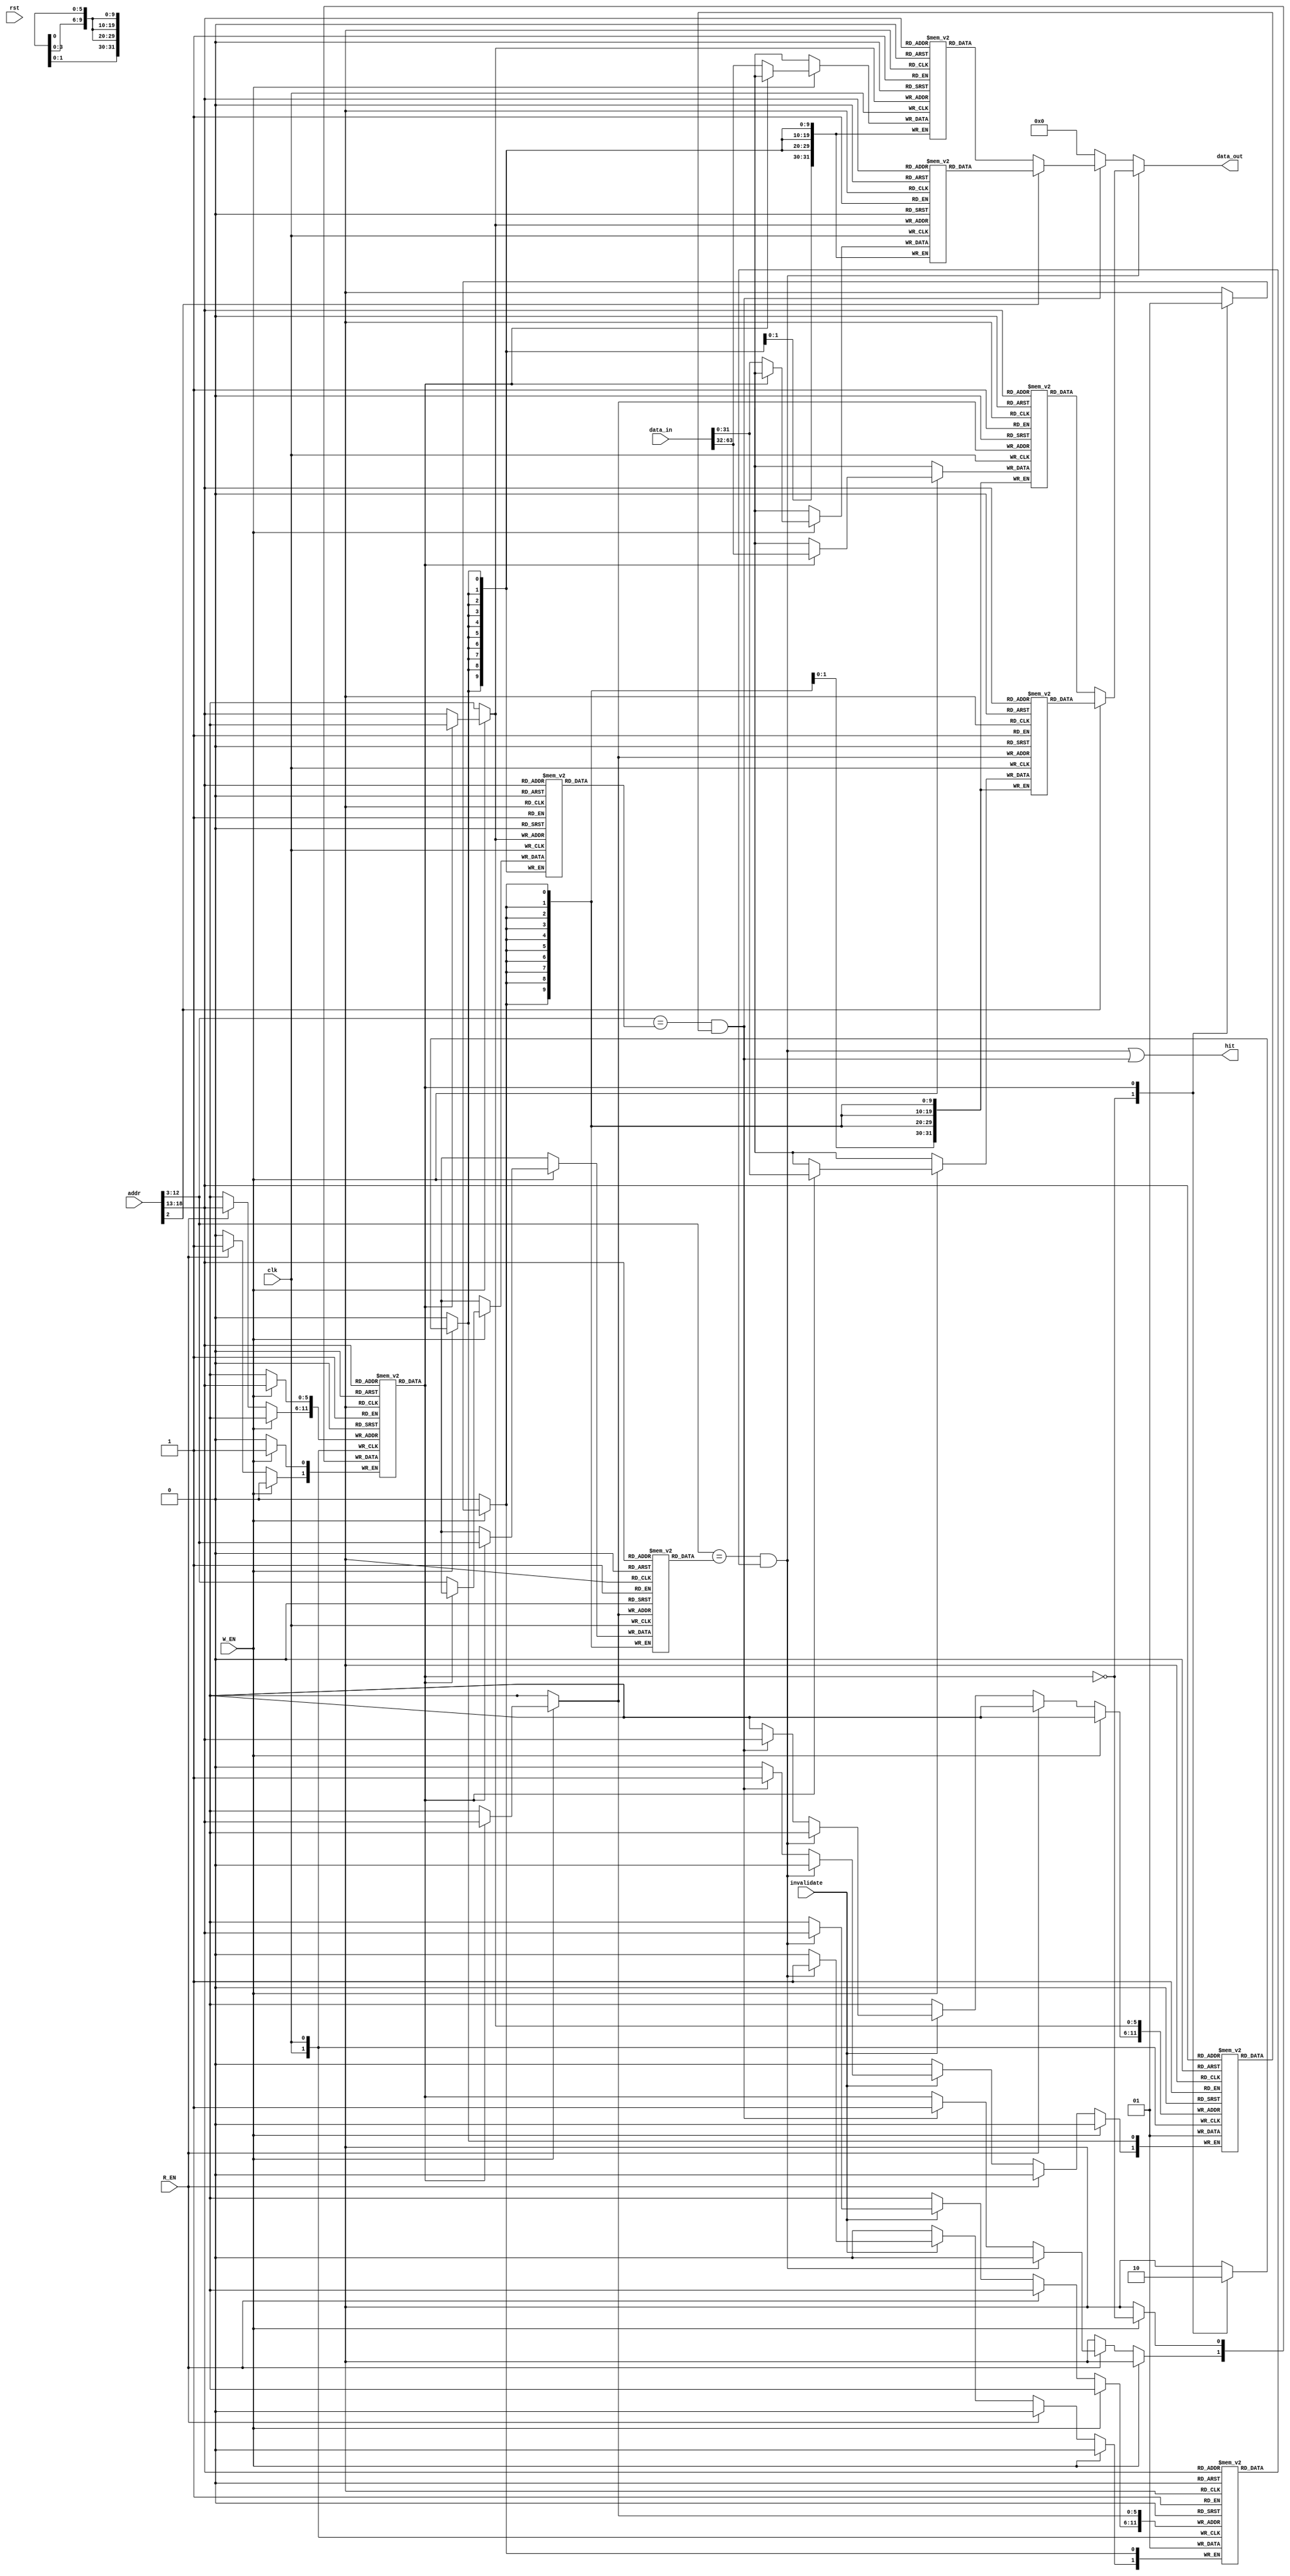
`timescale 1ns/1ns
module Cache(rst, clk, addr, R_EN, W_EN, data_in, invalidate, hit, data_out);
  input rst, clk;
  input[18:0] addr;
  input R_EN, W_EN, invalidate;
  input [63:0] data_in;
  output hit;
  output[31:0] data_out;
/////////////////////////////////////////////////
// decoding address
  wire[5:0] index;
  wire[9:0] tag;
  assign index = addr[18:13];
  assign tag = addr[12:3];  
/////////////////////////////////////////////////
// way1 blocks
  reg[31:0] way_0_data_0[0:63];
  reg[31:0] way_0_data_1[0:63];
  reg[9:0] tag_way_0[0:63];
  reg valid_way_0[0:63];  
// way2 blocks
  reg[31:0] way_1_data_0[0:63];
  reg[31:0] way_1_data_1[0:63];
  reg[9:0] tag_way_1[0:63];
  reg valid_way_1[0:63];
// lru bit 
  reg used_block[0:63];
/////////////////////////////////////////////////
wire[31:0] way_0_out;
wire[31:0] way_1_out;
assign way_0_out = addr[2] ? way_0_data_0[index] : way_0_data_1[index];
assign way_1_out = addr[2] ? way_1_data_0[index] : way_1_data_1[index];

wire way_0_hit;
wire way_1_hit;
assign way_0_hit = (tag == tag_way_0[index]) & valid_way_0[index];
assign way_1_hit = (tag == tag_way_1[index]) & valid_way_1[index];

assign hit = way_0_hit | way_1_hit;
assign data_out = way_0_hit ? way_0_out : way_1_hit ? way_1_out : 32'b0;


always@(posedge clk) begin
  if(W_EN) begin
    case(used_block[index])
      0: begin
        way_1_data_1[index] <= data_in[63:32];
        way_1_data_0[index] <= data_in[31:0];
        tag_way_1[index] <= tag;
        valid_way_1[index] <= 1;
      end
      1: begin
        way_0_data_1[index] <= data_in[63:32];
        way_0_data_0[index] <= data_in[31:0];
        tag_way_0[index] <= tag;
        valid_way_0[index] <= 1;
      end
    endcase
    used_block[index] <= ~used_block[index];
  end
  else if(R_EN) begin
    used_block[index] <= way_0_hit ? 0 : way_1_hit ? 1 : used_block[index];
  end
  else if(invalidate) begin
    if(way_0_hit) begin
      valid_way_0[index] = 0;
    end
    else if(way_1_hit) begin
      valid_way_1[index] = 0;
    end
  end
end
endmodule